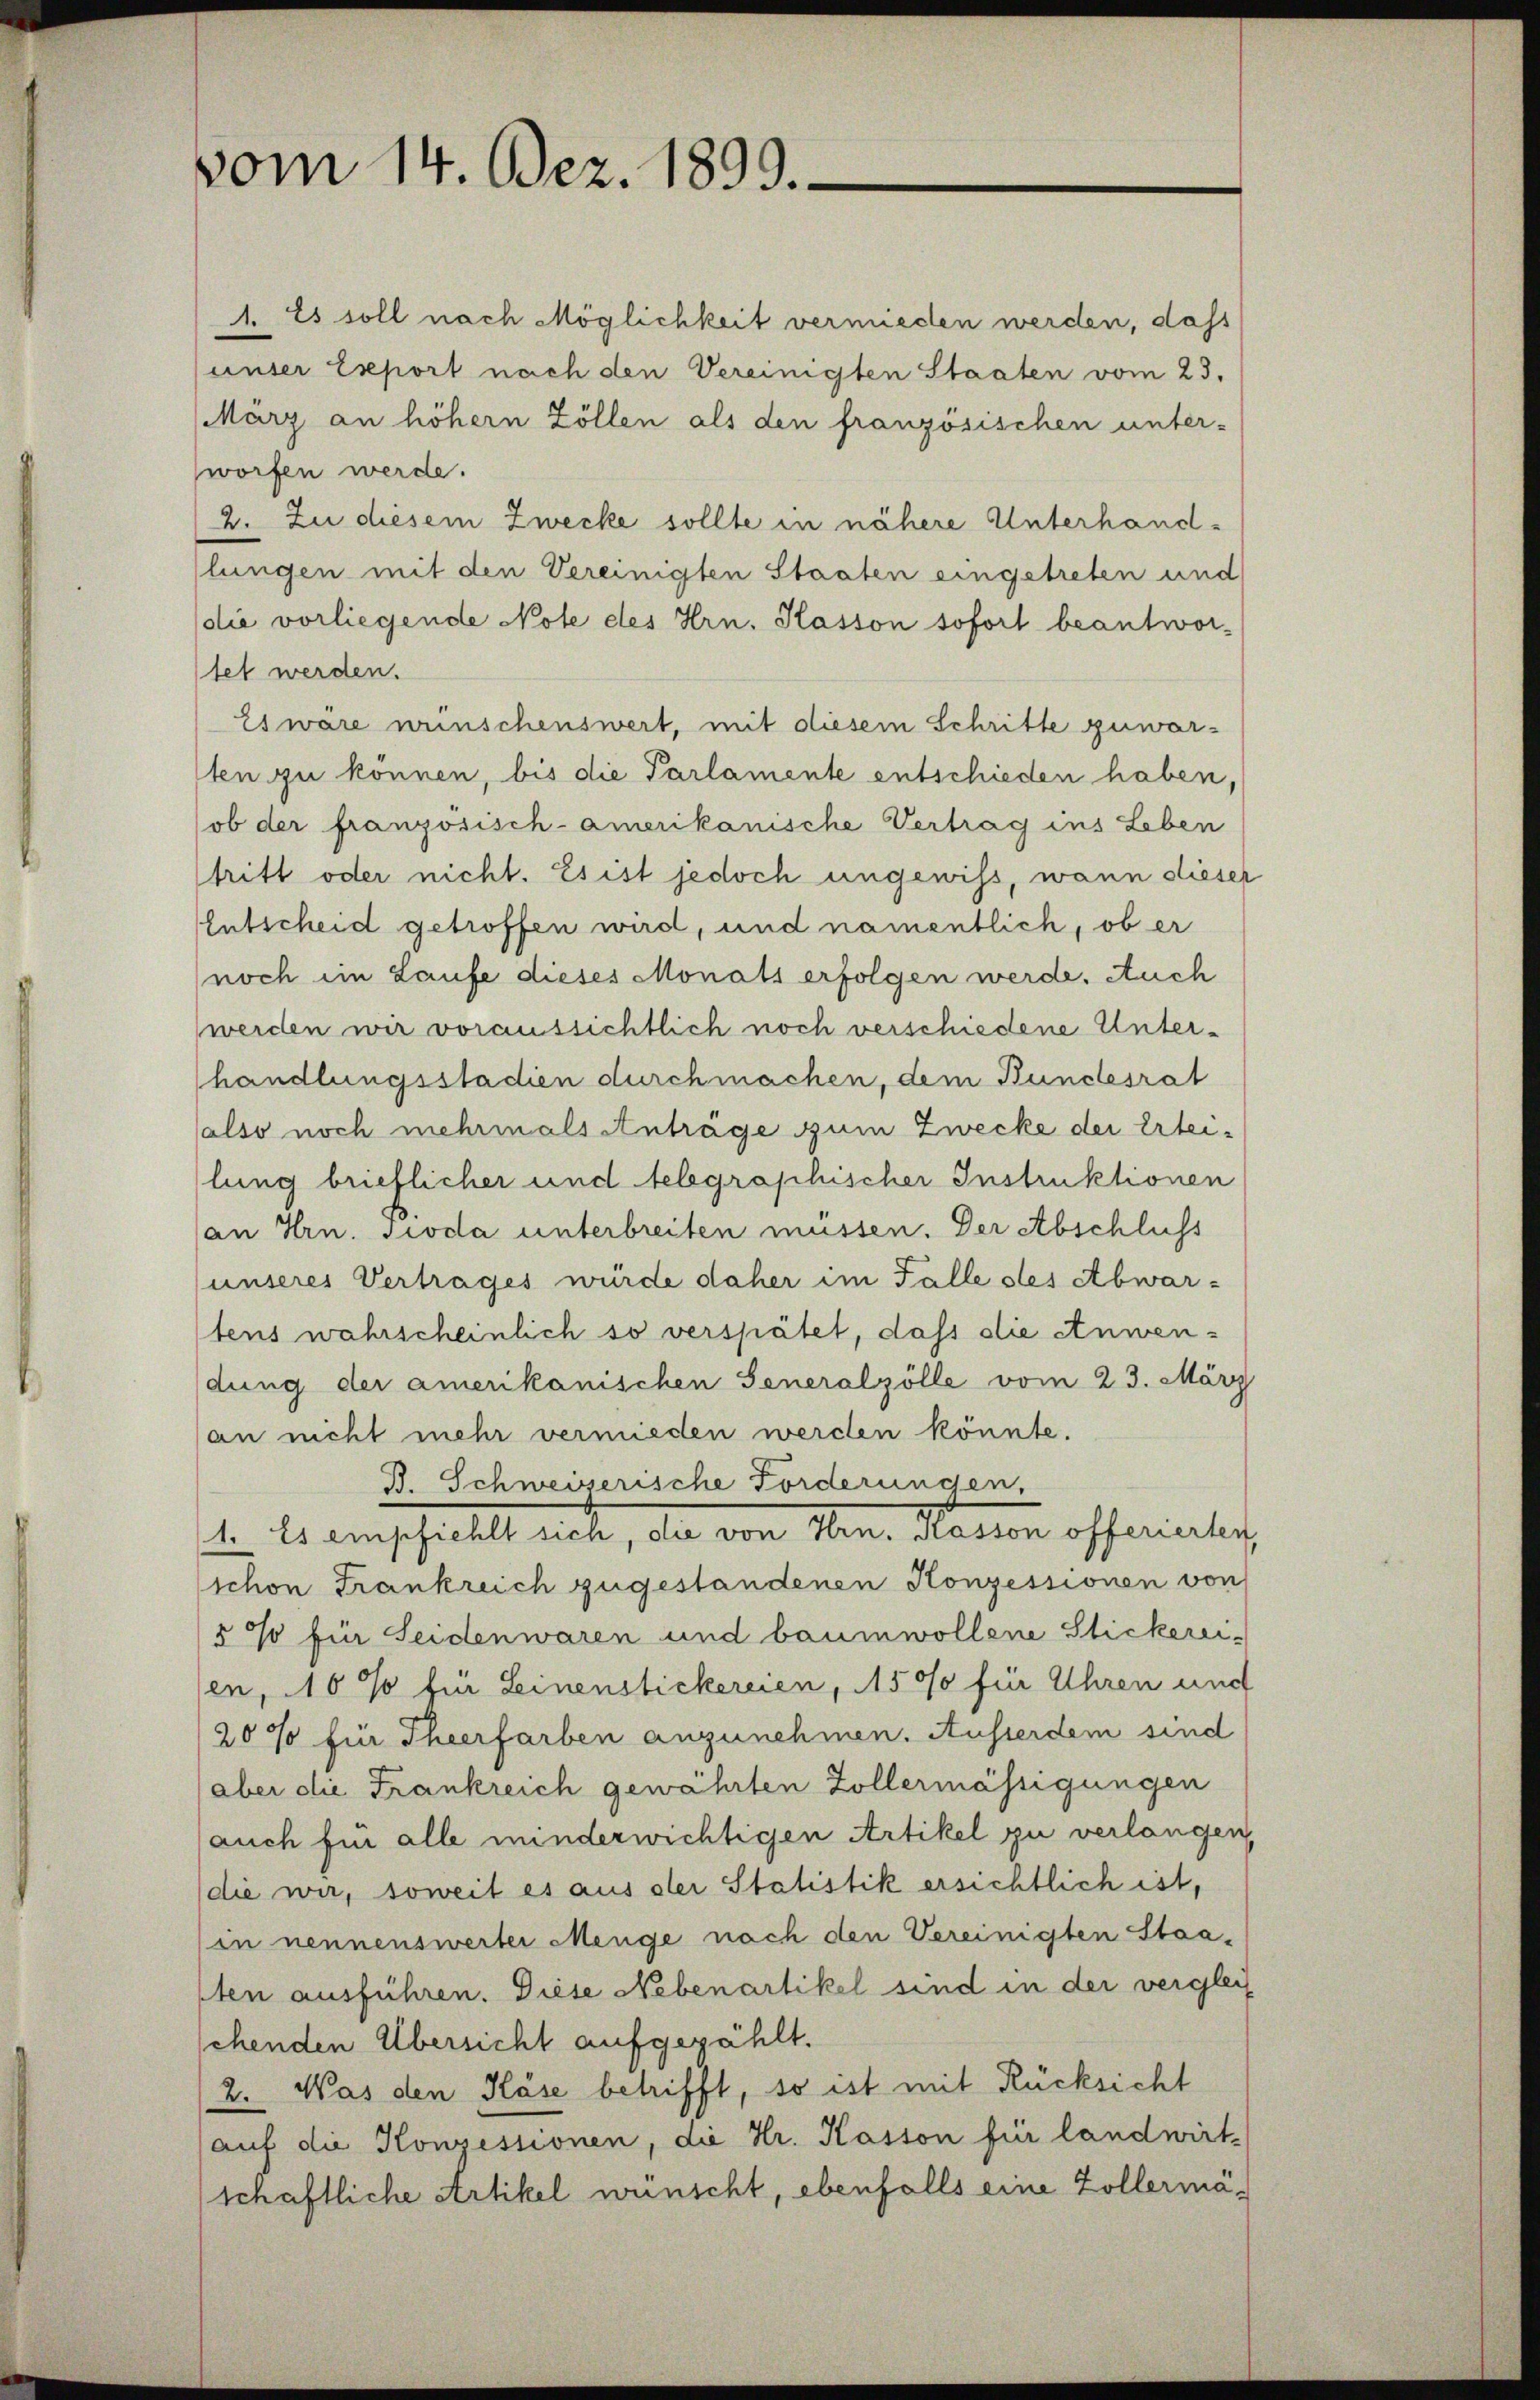
vom 14. Dez. 1899.

1. Es soll nach Möglichkeit vermieden werden, dass
unser Export nach den Vereinigten Staaten vom 23.
März an höhern Zöllen als den französischen unter-
worfen werde.
2. Zu diesem Zwecke sollte in nähere Unterhandlungen mit den Vereinigten Staaten eingetreten und
die vorliegende Note des Hrn. Kasson sofort beantwor-
tet werden.
Es wäre wünschenswert, mit diesem Schritte zuwarsten zu können, bis die Parlamente entschieden haben,
ob der französisch-amerikanische Vertrag ins Leben
tritt oder nicht. Es ist jedoch ungewiss, wann dieser
Entscheid getroffen wird, und namentlich, ob er
noch im Laufe dieses Monats erfolgen werde. Auch
werden wir voraussichtlich noch verschiedene Unterhandlungsstadien durchmachen, dem Bundesrat
also noch mehrmals Anträge zum Zwecke der Erteilung brieflicher und telegraphischer Instruktionen
an Hrn. Sioda unterbreiten müssen. Der Abschluss
unseres Vertrages würde daher im Falle des Abwar-
tens wahrscheinlich so verspätet, dass die Anwendung der amerikanischen Generalzölle vom 23. März
an nicht mehr vermieden werden könnte.
B. Schweiserische Forderungen,
1. Es einschiehlt noch, da von Min. Matern offerielig
schon Frankreich zugestandenen Konzessionen von
os für Seidenwaren und baumwollene Stickereisen, 10 % für Leinenstickereien, 1500 für Uhren und
20% für Theerfarben anzunehmen. Ausserdem sind
(aber die Frankreich gewährten Zollermässigungen
auch für alle minderwichtigen Artikel zu verlangen,
(die wir, soweit es aus der Statistik ersichtlich ist,
(in nennensweiter Menge nach den Vereinigten Staasten ausführen. Diese Nebenartikel sind in der verglei
schenden Übersicht aufgezählt.
2. Was den Käse betrifft, so ist mit Rücksicht
auf die Konzessionen, die Hr. Kasson für landwirt-
schaftliche Artikel wünscht, ebenfalls eine Zollermä¬